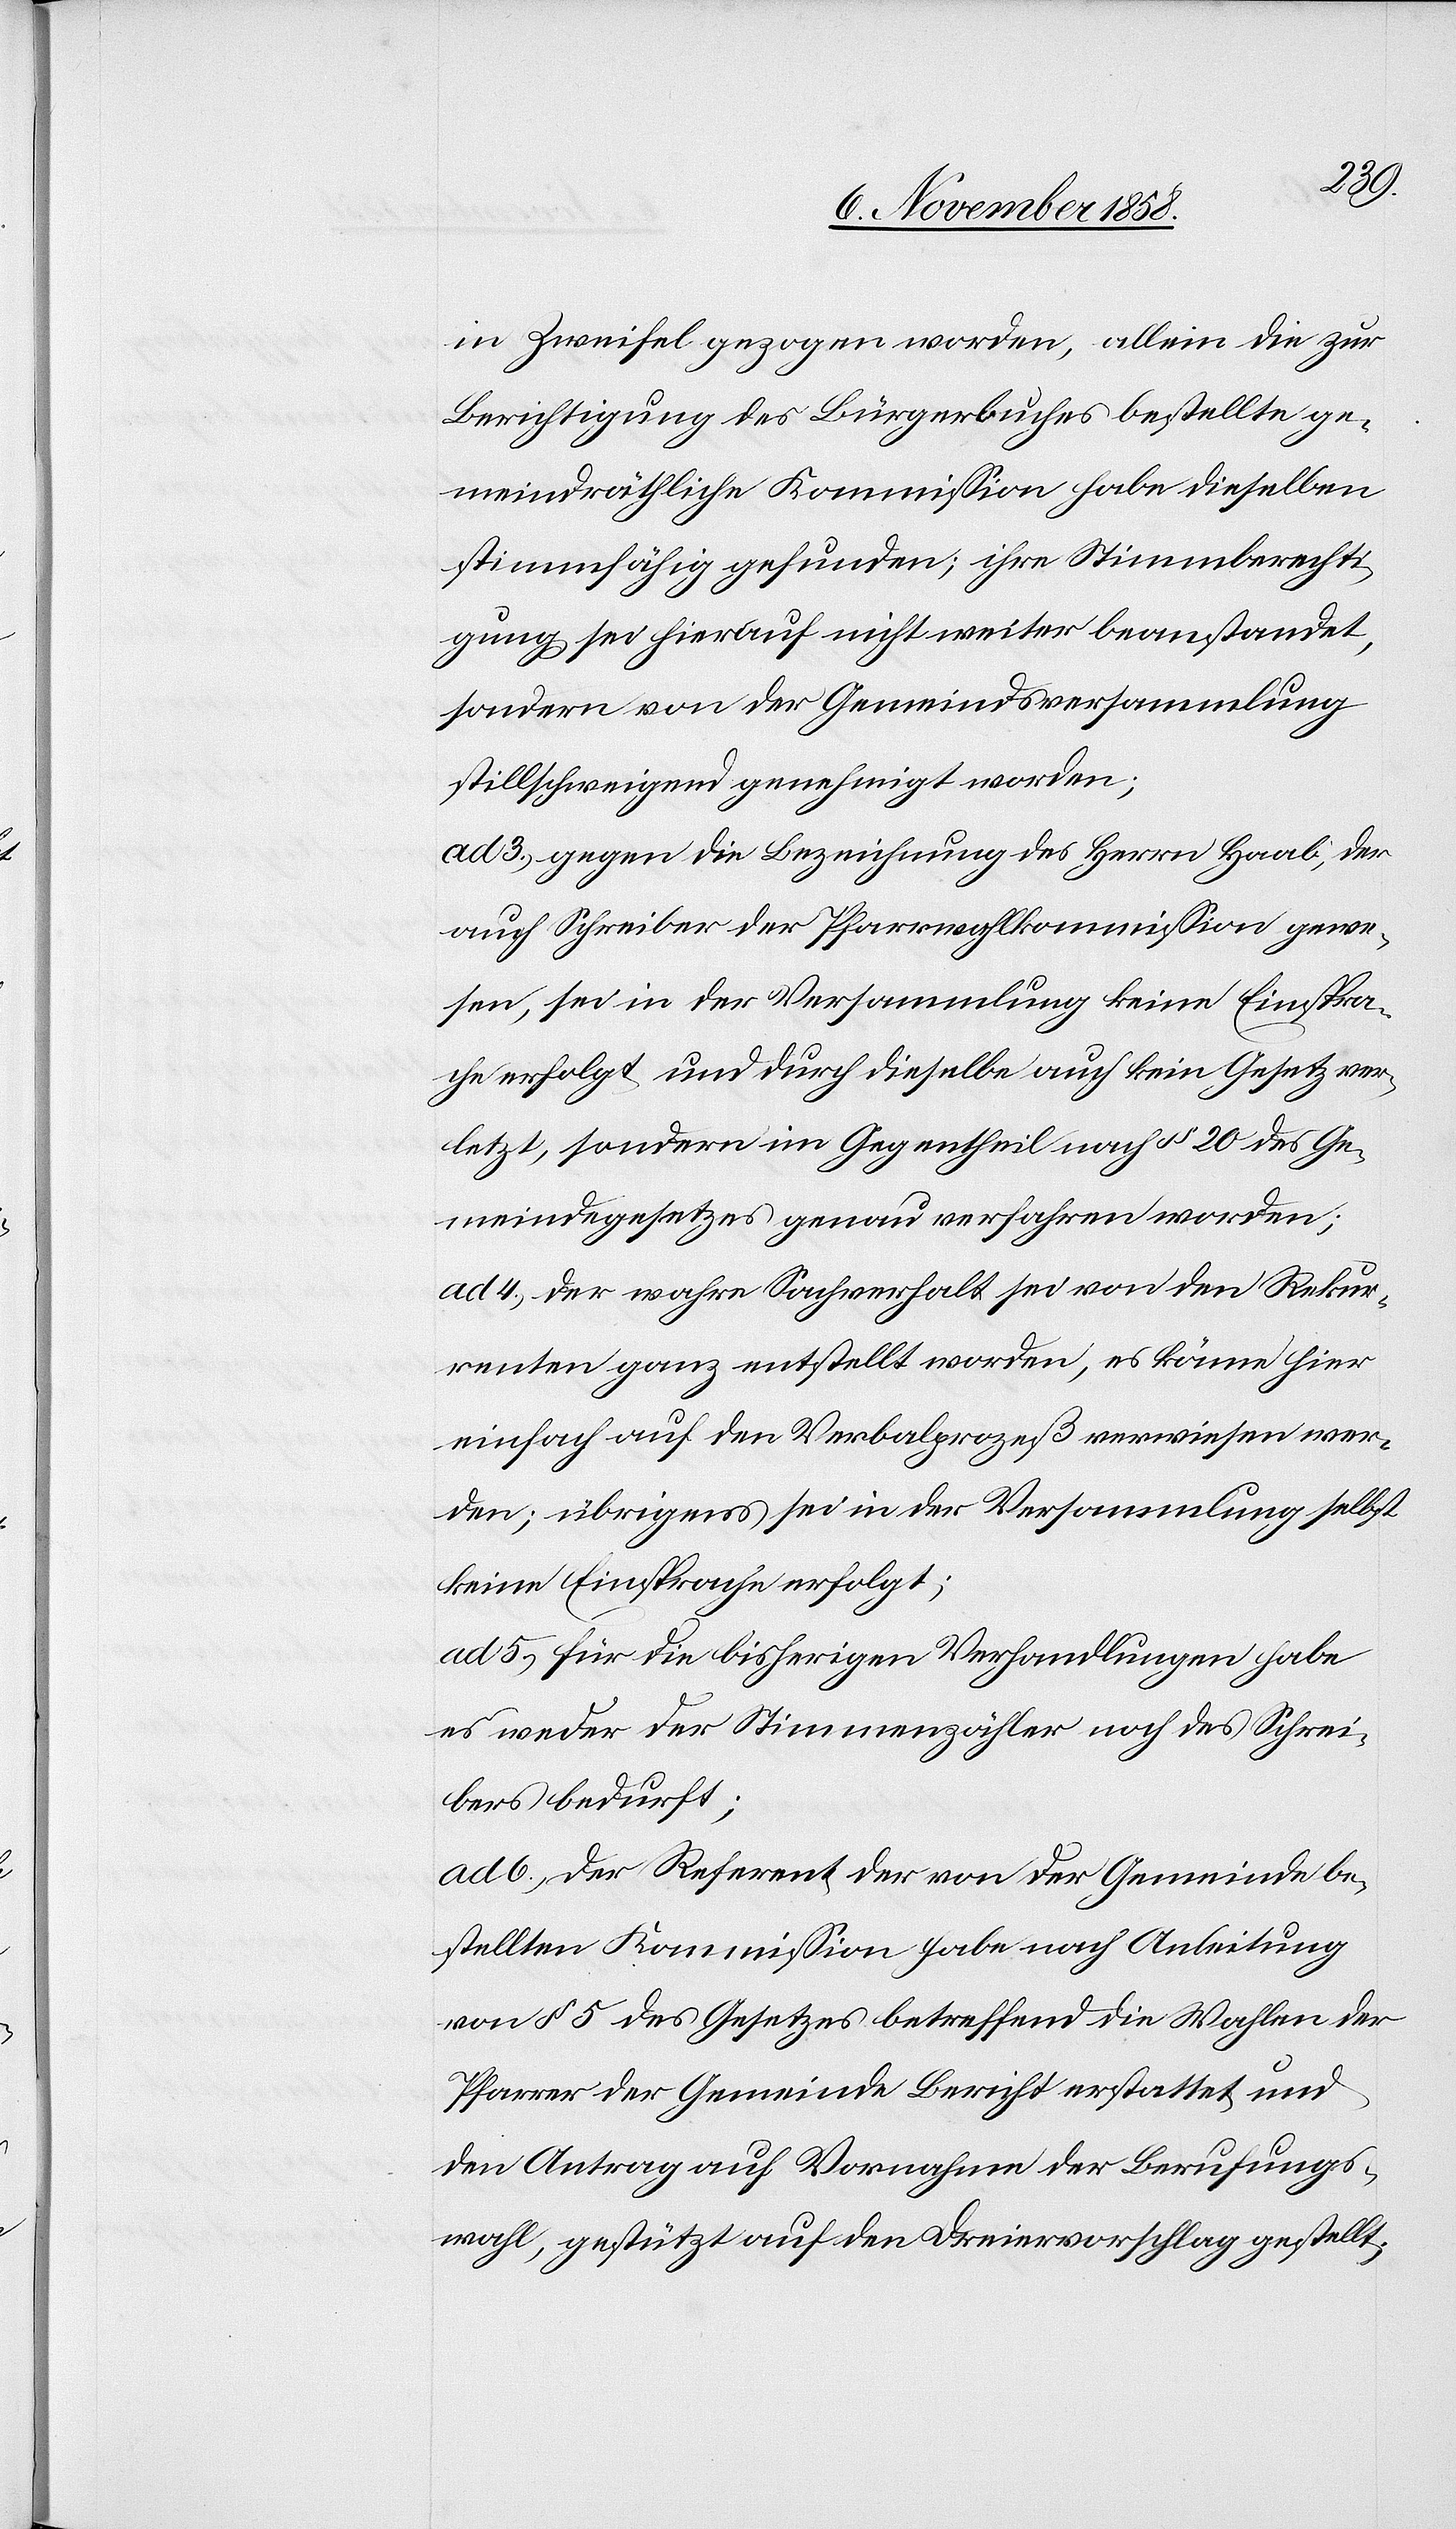
in Zweifel gezogen worden, allein die zur
Berichtigung des Bürgerbuches bestellte ge¬
meindräthliche Kommission habe dieselben
stimmfähig gefunden; ihre Stimmberechti¬
gung sei hierauf nicht weiter beanstandet,
sondern von der Gemeindsversammlung
stillschweigend genehmigt worden;
ad 3.) gegen die Bezeichnung des Herrn Haab, der
auch Schreiber der Pfarrwahlkommission gewe¬
sen, sei in der Versammlung keine Einspra¬
che erfolgt und durch dieselbe auch kein Gesetz ver¬
letzt, sondern im Gegentheil nach § 20 des Ge¬
meindegesetzes genau verfahren worden;
ad 4.) der wahre Sachverhalt sei von den Rekur¬
renten ganz entstellt worden, es könne hier
einfach auf den Verbalprozeß verwiesen wer¬
den; übrigens sei in der Versammlung selbst
keine Einsprache erfolgt;
ad 5.) für die bisherigen Verhandlungen habe
es weder der Stimmenzähler noch des Schrei¬
bers bedurft;
ad 6.) der Referent der von der Gemeinde be¬
stellten Kommission habe nach Anleitung
von § 5 des Gesetzes betreffend die Wahlen der
Pfarrer der Gemeinde Bericht erstattet und
den Antrag auf Vornahme der Berufungs¬
wahl, gestützt auf den Dreiervorschlag gestellt.